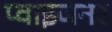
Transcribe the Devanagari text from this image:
प्वाइजनर